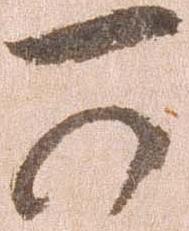
可